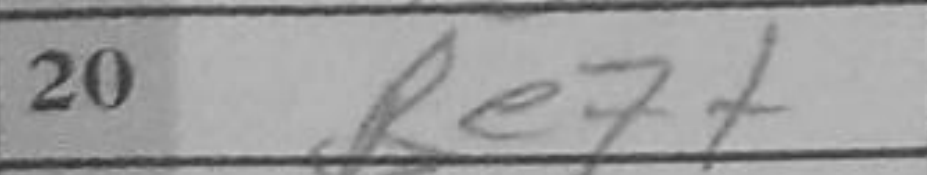
Transcription: Be7+